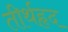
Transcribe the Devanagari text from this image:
तीर्थहृद